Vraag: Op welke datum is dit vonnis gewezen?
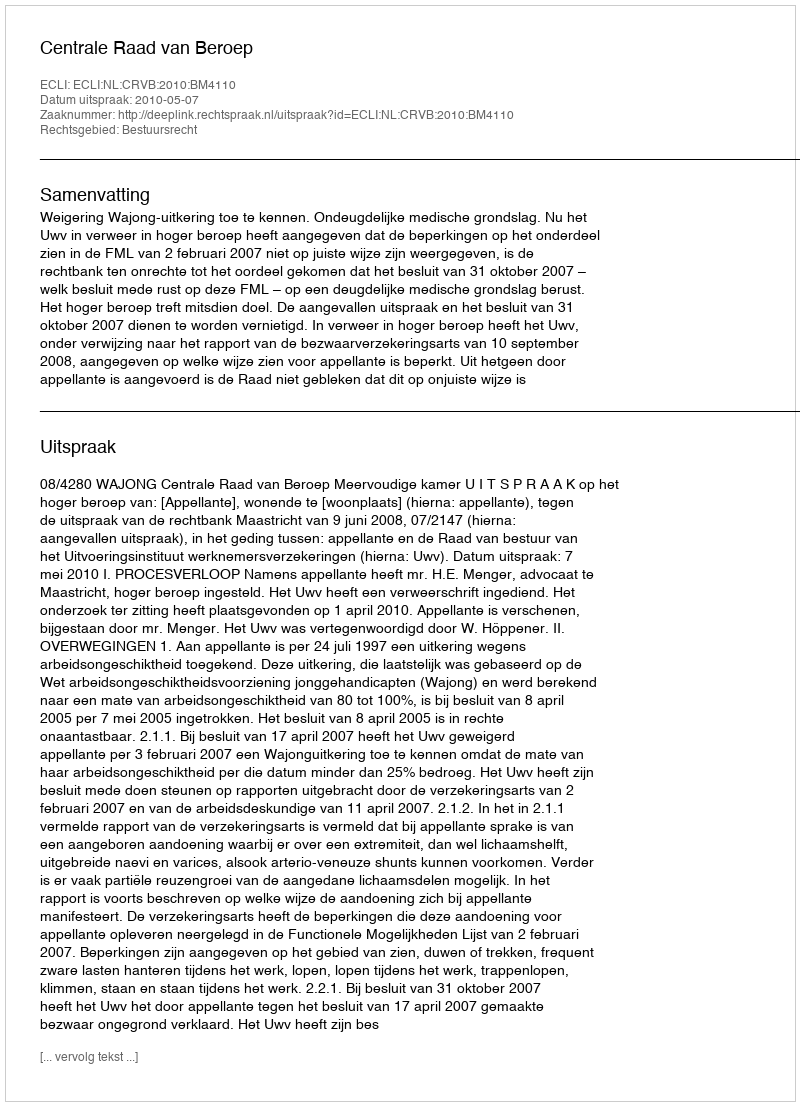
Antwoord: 2010-05-07